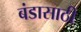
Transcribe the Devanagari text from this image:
बंडासाठी